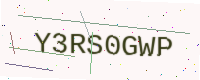
Text: Y3RS0GWP